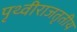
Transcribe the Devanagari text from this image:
पृथ्वीराजतृतीय